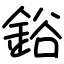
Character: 鋊